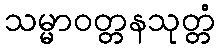
သမ္မာဝတ္တနသုတ္တံ